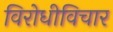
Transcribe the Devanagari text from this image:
विरोधीविचार